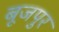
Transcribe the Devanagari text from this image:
बूजपुर